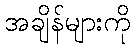
အချိန်များကို